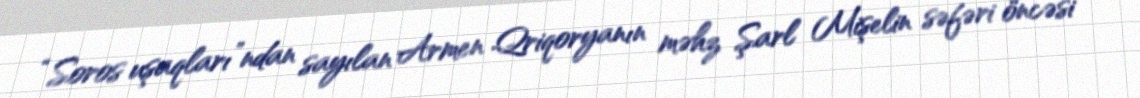
“Soros uşaqları”ndan sayılan Armen Qriqoryanın məhz Şarl Mişelin səfəri öncəsi